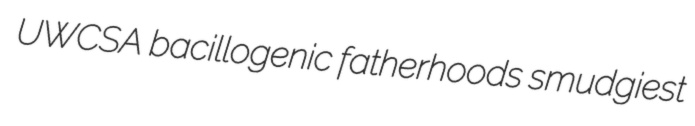
UWCSA bacillogenic fatherhoods smudgiest